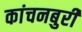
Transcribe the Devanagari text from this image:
कांचनबुरी